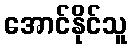
အောင်နိုင်သူ